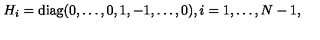
H _ { i } = \mathrm { d i a g } ( 0 , \ldots , 0 , 1 , - 1 , \ldots , 0 ) , i = 1 , \ldots , N - 1 ,